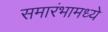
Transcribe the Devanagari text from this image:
समारंभामध्ये